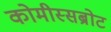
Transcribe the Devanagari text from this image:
कोमीस्सब्रोट